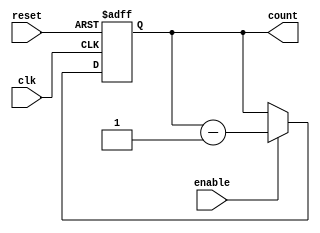
module binary_down_counter(
    input clk,  // clock input
    input reset, // asynchronous reset input
    input enable, // enable input
    output reg [3:0] count // 4-bit binary down counter output
);

always @(posedge clk or negedge reset) begin
    if (!reset) begin
        count <= 4'b1111; // initialize counter to all ones
    end else if (enable) begin
        count <= count - 1; // decrement counter by 1 when enabled
    end
end

endmodule